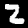
Digit: 2